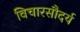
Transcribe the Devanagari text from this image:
विचारसौदर्य